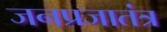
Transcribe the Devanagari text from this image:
जनप्रजातंत्र